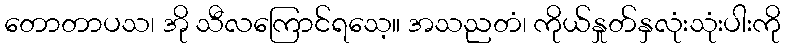
တောတာပသ၊ အို သီလကြောင်ရသေ့။ အသညတံ၊ ကိုယ်နှုတ်နှလုံးသုံးပါးကို